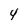
Character: 4